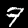
Digit: 7